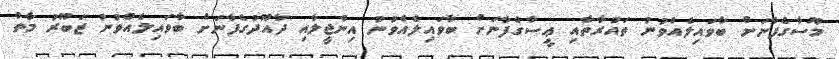
މޫސާގެފާނަށް ބާވައިލެއްވުނު ތައުރާތާއި ޢީސާގެފާނަށް ބާވައިލެއްވުނު އިންޖީލާއި ދާއޫދުގެފާނަށް ބާވައިލެއްވުނު ޒަބޫރު މާތް